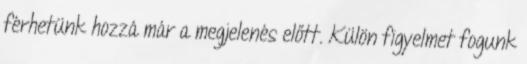
férhetünk hozzá már a megjelenés előtt. Külön figyelmet fogunk